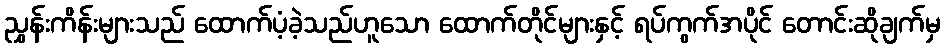
ညွှန်းကိန်းများသည် ထောက်ပံ့ခဲ့သည်ဟူသော ထောက်တိုင်များနှင့် ရပ်ကွက်အပိုင် တောင်းဆိုချက်မှ